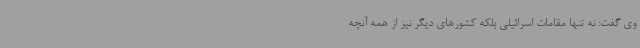
وی گفت: نه تنها مقامات اسرائیلی بلکه کشورهای دیگر نیز از همه آنچه